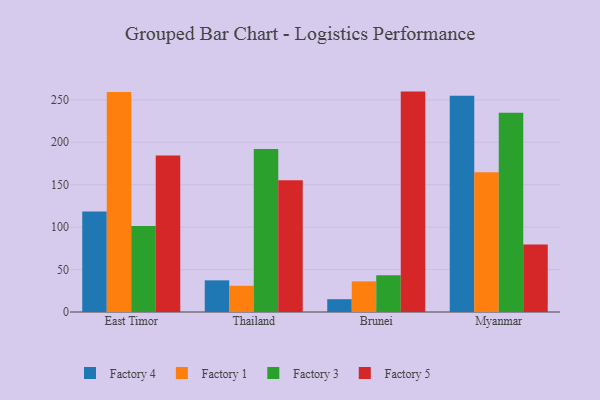
{"axis": {"x": "Country", "y": "Conversion Rate (%)"}, "legend": ["Factory 1", "Factory 3", "Factory 4", "Factory 5"], "data": [{"x": "East Timor", "y": 118.5, "type": "Factory 4"}, {"x": "East Timor", "y": 259.1, "type": "Factory 1"}, {"x": "East Timor", "y": 101.3, "type": "Factory 3"}, {"x": "East Timor", "y": 184.4, "type": "Factory 5"}, {"x": "Thailand", "y": 37.3, "type": "Factory 4"}, {"x": "Thailand", "y": 30.9, "type": "Factory 1"}, {"x": "Thailand", "y": 192.0, "type": "Factory 3"}, {"x": "Thailand", "y": 155.3, "type": "Factory 5"}, {"x": "Brunei", "y": 15.1, "type": "Factory 4"}, {"x": "Brunei", "y": 36.1, "type": "Factory 1"}, {"x": "Brunei", "y": 43.4, "type": "Factory 3"}, {"x": "Brunei", "y": 259.7, "type": "Factory 5"}, {"x": "Myanmar", "y": 254.9, "type": "Factory 4"}, {"x": "Myanmar", "y": 164.6, "type": "Factory 1"}, {"x": "Myanmar", "y": 234.7, "type": "Factory 3"}, {"x": "Myanmar", "y": 79.5, "type": "Factory 5"}]}